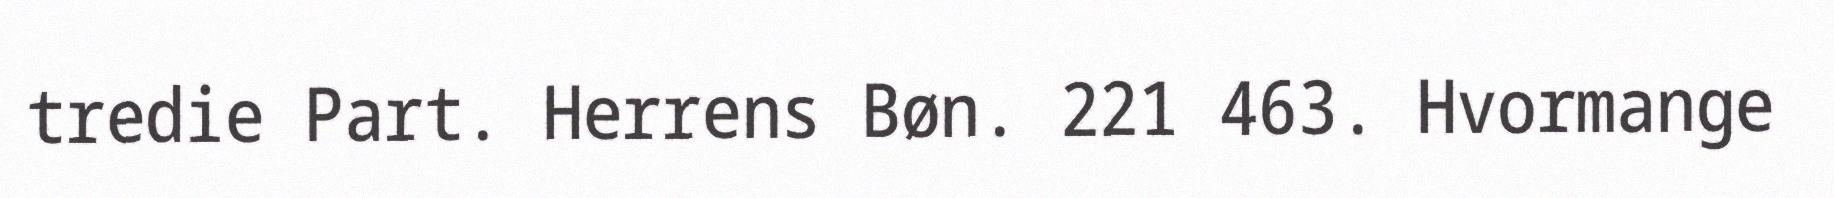
tredie Part. Herrens Bøn. 221 463. Hvormange